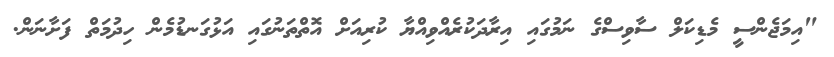
"އިމަޖެންސީ މެޑިކަލް ސާވިސްގެ ނަމުގައި އިރާދަކުރެއްވިއްޔާ ކުރިއަށް އޮތްތަނުގައި އަޅުގަނޑުމެން ހިދުމަތް ފަށާނަން.